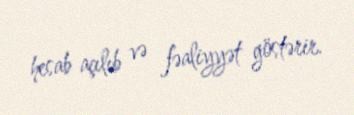
hesab açılıb və fəaliyyət göstərir.